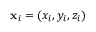
{ \bf x } _ { i } = ( x _ { i } , y _ { i } , z _ { i } )